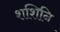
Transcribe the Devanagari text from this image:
शशिनि